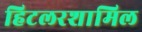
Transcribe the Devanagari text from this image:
हिटलरशामिल